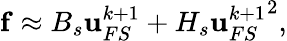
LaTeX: \mathbf{f}\approx B_{s}\mathbf{u}_{FS}^{k+1}+H_{s}{\mathbf{u}_{FS}^{k+1}}^{2},